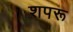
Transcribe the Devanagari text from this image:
शपरू